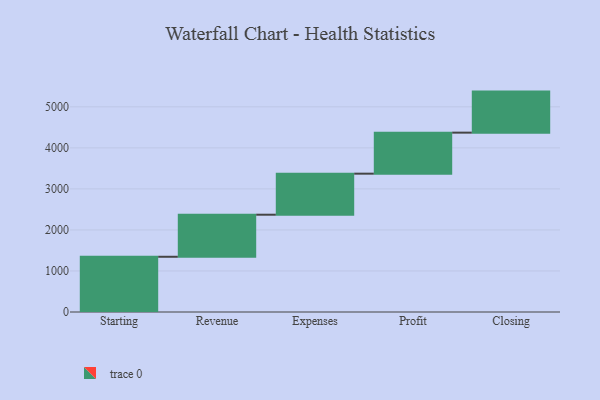
{"axis": {"x": "Step", "y": "Value"}, "legend": [""], "data": [{"x": "Starting", "y": 1346.0, "type": ""}, {"x": "Revenue", "y": 1025.0, "type": ""}, {"x": "Expenses", "y": 1000, "type": ""}, {"x": "Profit", "y": 1000, "type": ""}, {"x": "Closing", "y": 1000, "type": ""}]}